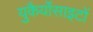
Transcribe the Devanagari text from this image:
युकैर्योसाइटों